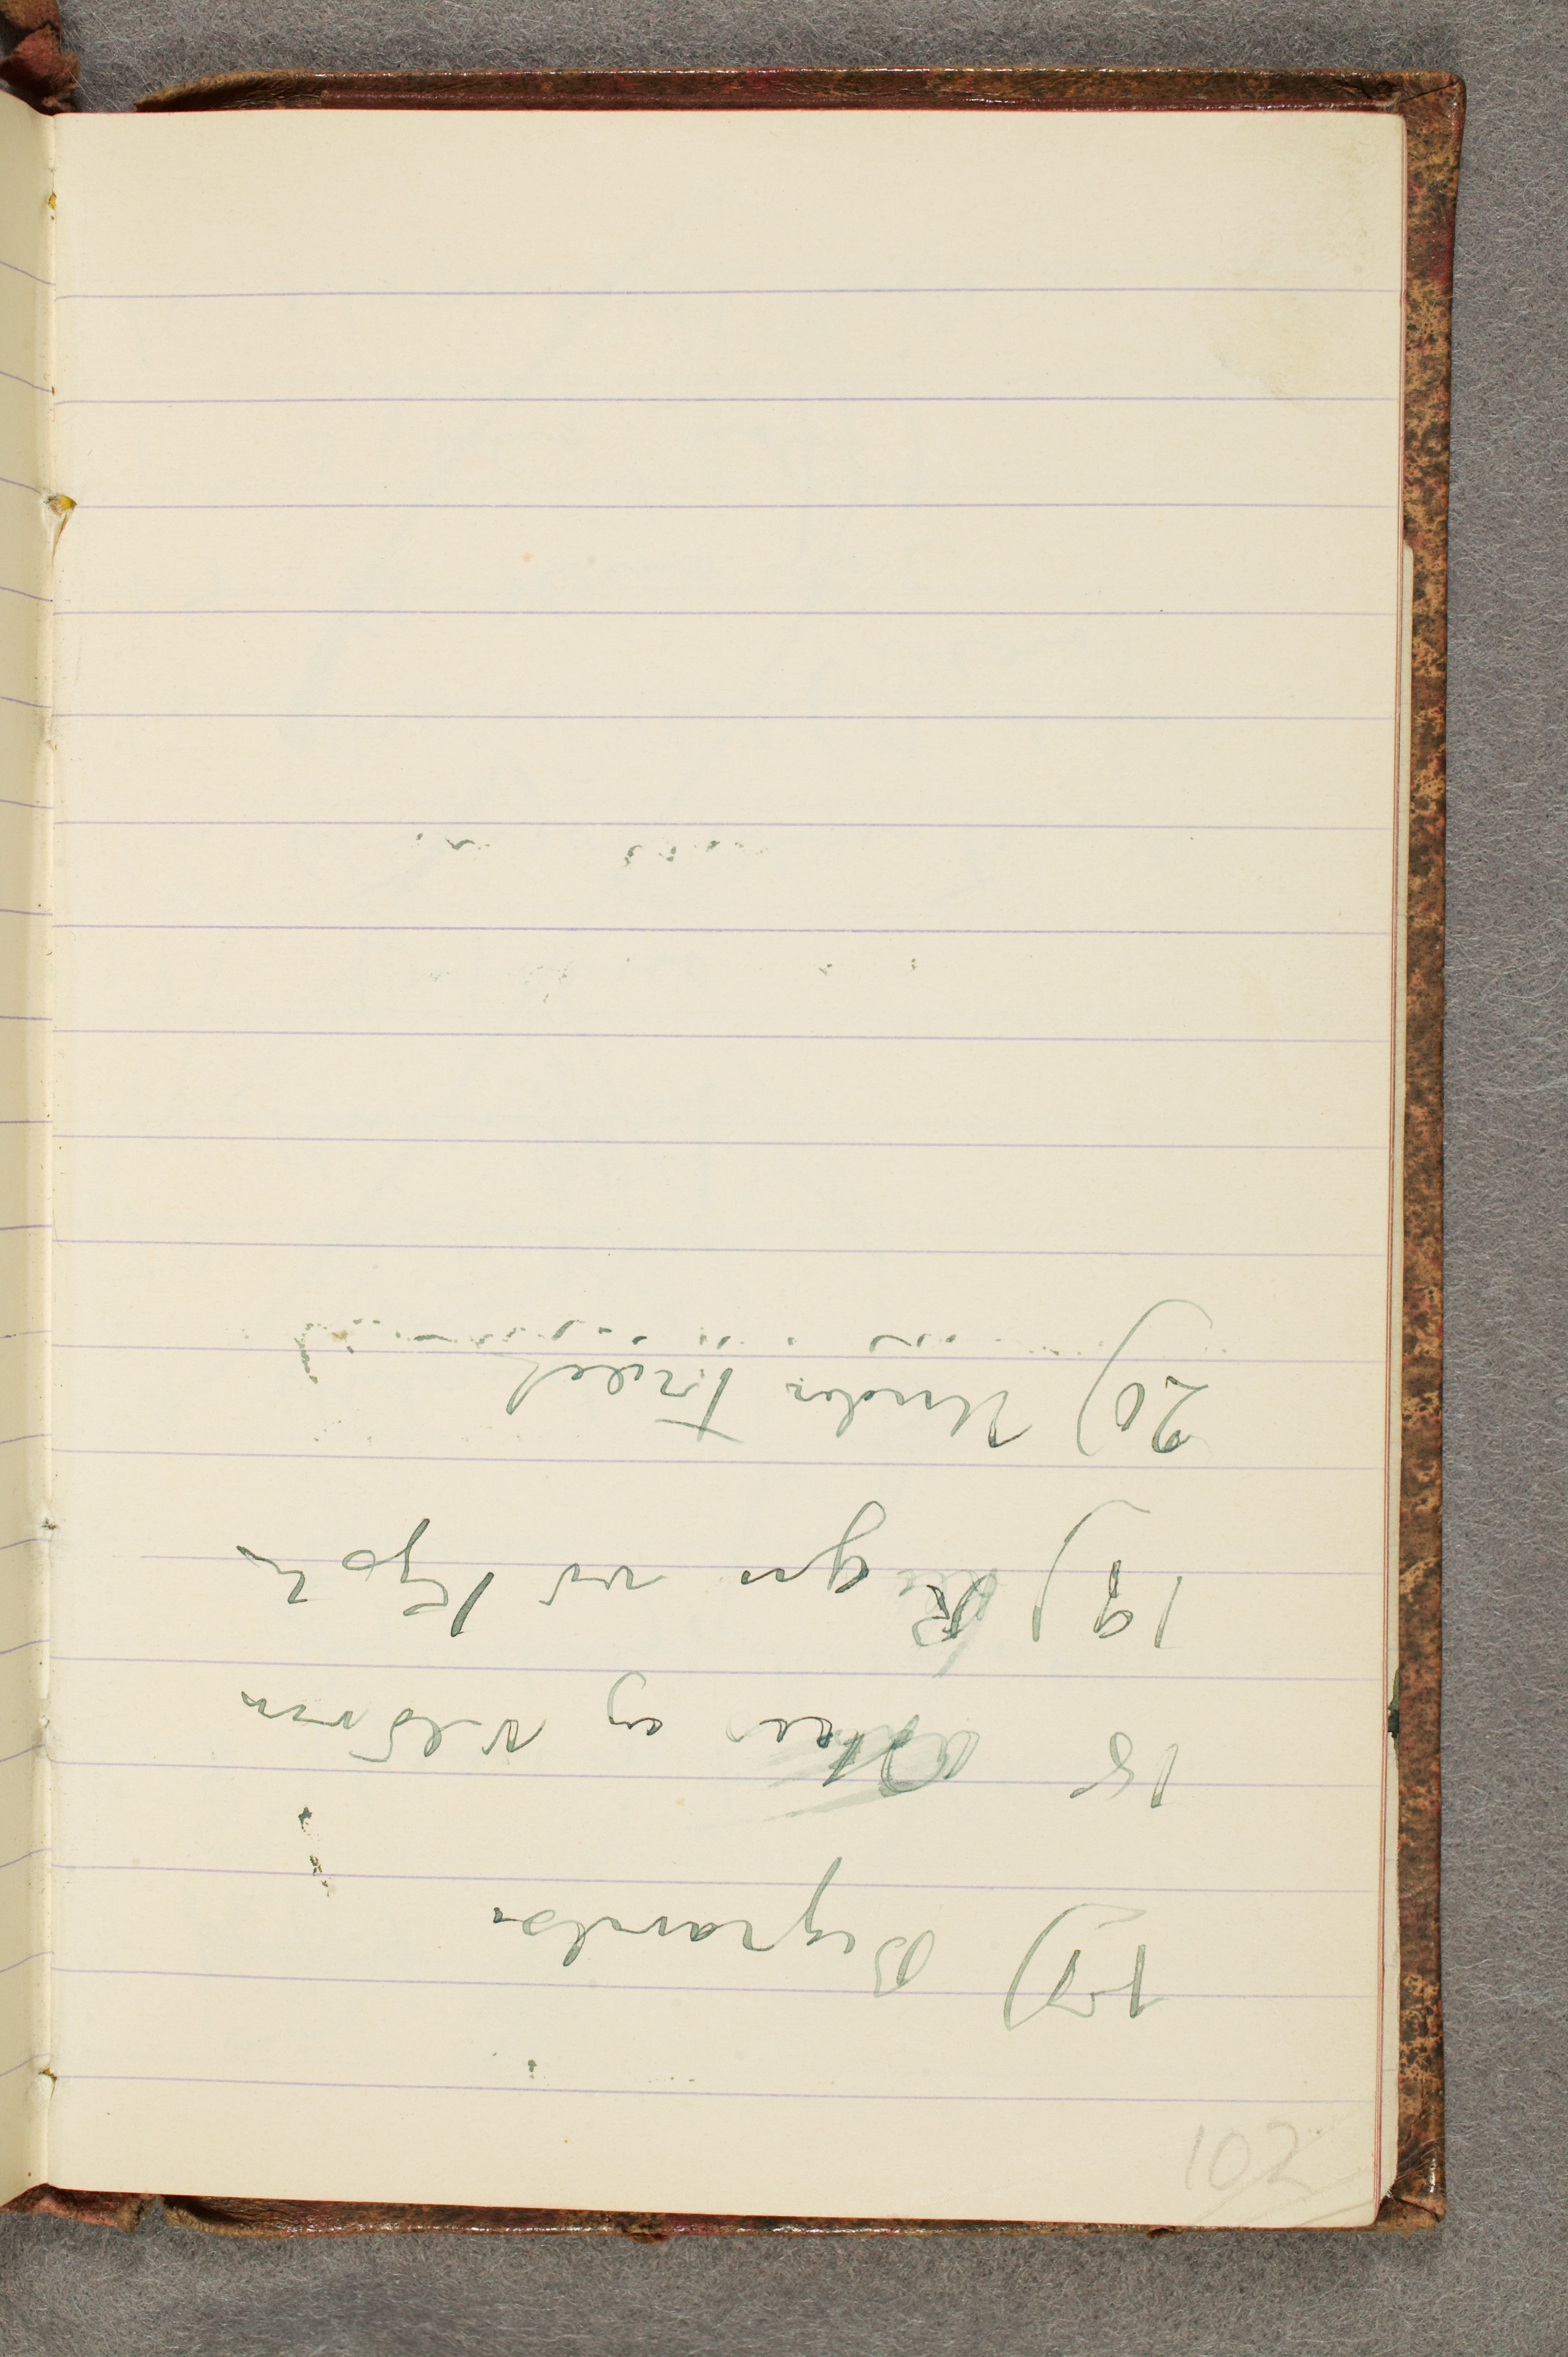
17) Begravelse
18 Hus og Vildvin
19) Regn ved Kysten
20) Under Træet